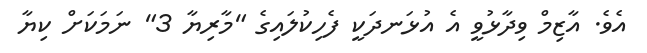
އެވެ. އާޒިމް ވިދާޅުވީ އެ އުޅަނދަކީ ފެހިކުލައިގެ "މާރިޔާ 3" ނަމަކަށް ކިޔާ